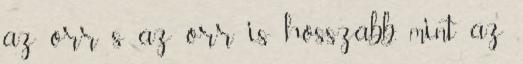
az orr s az orr is hosszabb, mint az